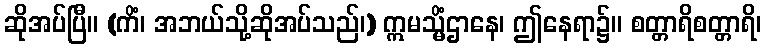
ဆိုအပ်ပြီ။ (ကိံ၊ အဘယ်သို့ဆိုအပ်သည်၊) ဣမသ္မိံဌာနေ၊ ဤနေရာ၌။ စတ္တာရိစတ္တာရိ၊